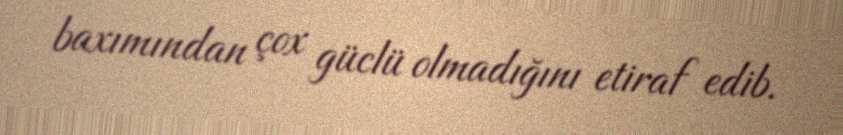
baxımından çox güclü olmadığını etiraf edib.